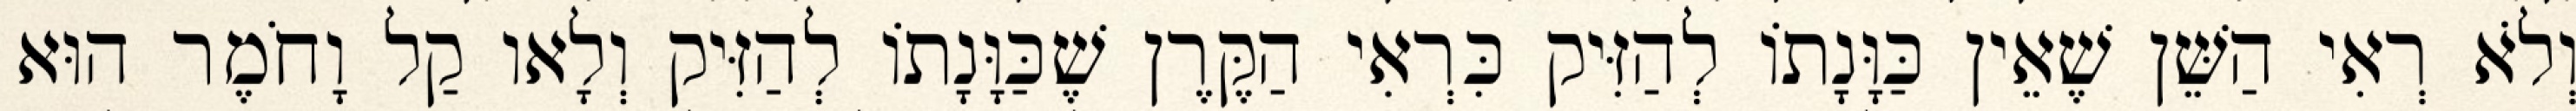
וְלֹא רְאִי הַשֵּׁן שֶׁאֵין כַּוָּנָתוֹ לְהַזִּיק כִּרְאִי הַקֶּרֶן שֶׁכַּוָּנָתוֹ לְהַזִּיק וְלָאו קַל וָחֹמֶר הוּא